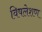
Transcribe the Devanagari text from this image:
विषलेशण